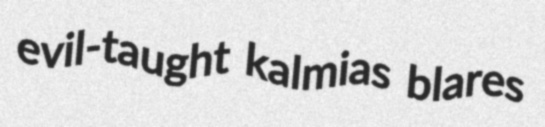
evil-taught kalmias blares